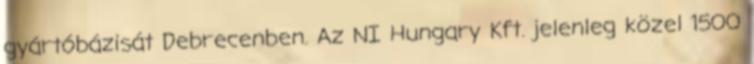
gyártóbázisát Debrecenben. Az NI Hungary Kft. jelenleg közel 1500